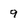
Character: 9